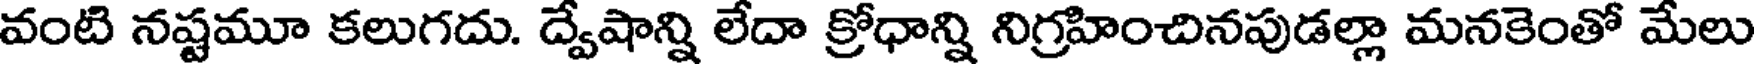
వంటి నష్టమూ కలుగదు. ద్వేషాన్ని లేదా క్రోధాన్ని నిగ్రహించినపుడల్లా మనకెంతో మేలు